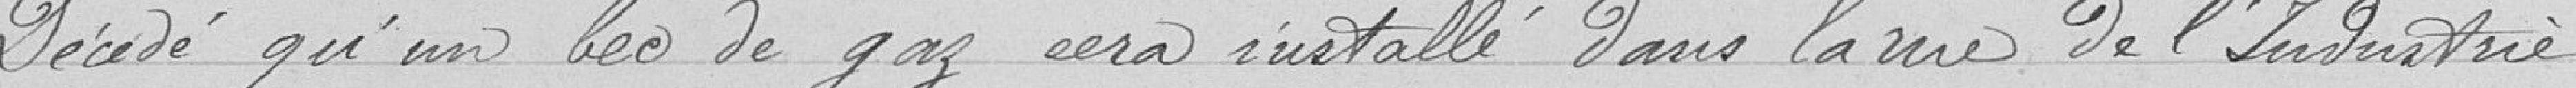
Décide qu'un bec de gaz sera installé dans la rue de l'Infanterie.